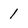
Character: 1